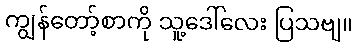
ကျွန်တော့်စာကို သူ့ဒေါ်လေး ပြသဗျ။